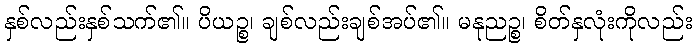
နှစ်လည်းနှစ်သက်၏။ ပိယဉ္စ၊ ချစ်လည်းချစ်အပ်၏။ မနုညဉ္စ၊ စိတ်နှလုံးကိုလည်း